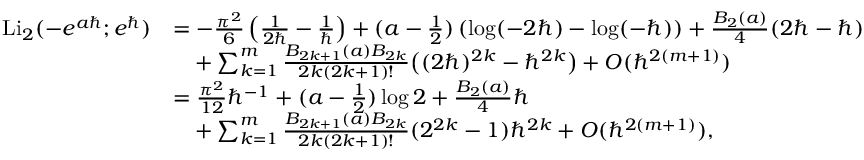
\begin{array} { r l } { \mathrm { L i } _ { 2 } ( - e ^ { a \hbar } ; e ^ { \hbar } ) } & { = - \frac { \pi ^ { 2 } } { 6 } \left( \frac { 1 } { 2 \hbar } - \frac { 1 } { \hbar } \right) + ( a - \frac { 1 } { 2 } ) \left( \log ( - 2 \hbar ) - \log ( - \hbar ) \right) + \frac { B _ { 2 } ( a ) } { 4 } ( 2 \hbar - \hbar ) } \\ & { \phantom { = } + \sum _ { k = 1 } ^ { m } \frac { B _ { 2 k + 1 } ( a ) B _ { 2 k } } { 2 k ( 2 k + 1 ) ! } \bigl ( ( 2 \hbar ) ^ { 2 k } - \hbar ^ { 2 k } \bigr ) + O ( \hbar ^ { 2 ( m + 1 ) } ) } \\ & { = \frac { \pi ^ { 2 } } { 1 2 } \hbar ^ { - 1 } + ( a - \frac { 1 } { 2 } ) \log 2 + \frac { B _ { 2 } ( a ) } { 4 } \hbar } \\ & { \phantom { = } + \sum _ { k = 1 } ^ { m } \frac { B _ { 2 k + 1 } ( a ) B _ { 2 k } } { 2 k ( 2 k + 1 ) ! } ( 2 ^ { 2 k } - 1 ) \hbar ^ { 2 k } + O ( \hbar ^ { 2 ( m + 1 ) } ) , } \end{array}